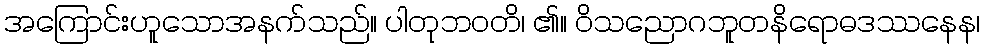
အကြောင်းဟူသောအနက်သည်။ ပါတုဘဝတိ၊ ၏။ ဝိသညောဂဘူတနိရောဓဒဿနေန၊